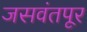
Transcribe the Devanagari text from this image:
जसवंतपूर